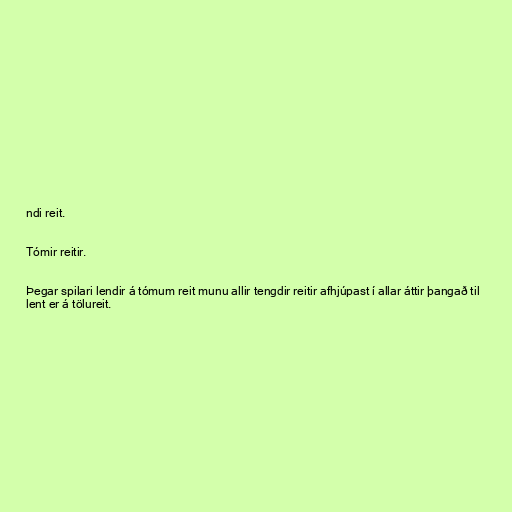
ndi reit.

Tómir reitir.

Þegar spilari lendir á tómum reit munu allir tengdir reitir afhjúpast í allar áttir þangað til
lent er á tölureit.